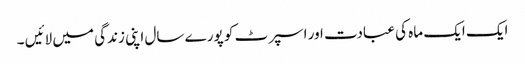
ایک ایک ماہ کی عبادت اور اسپرٹ کو پورے سال اپنی زندگی میں لائیں ۔